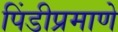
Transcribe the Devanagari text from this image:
पिंडीप्रमाणे